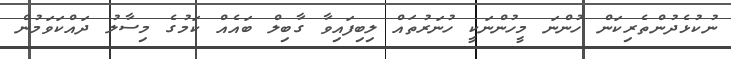
ނުކުޅެދުންތެރިކަން ހުންނަ މީހުންނަކީ ހުނަރުތައް ލިބިފައިވާ ގާބިލް ބައެއް ކަމުގެ މިސާލު ދައްކަވަމުން